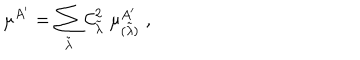
\mu ^ { A ^ { \prime } } = \sum _ { \tilde { \lambda } } { \cal C } _ { \tilde { \lambda } } ^ { 2 } \; \mu _ { ( \tilde { \lambda } ) } ^ { A ^ { \prime } } \; ,